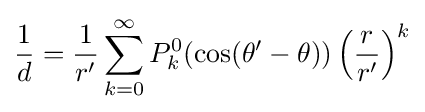
{\frac {1}{d}}={\frac {1}{r'}}\sum _{k=0}^{\infty }P_{k}^{0}(\cos(\theta '-\theta ))\left({\frac {r}{r'}}\right)^{k}